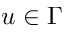
u \in \Gamma